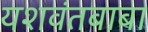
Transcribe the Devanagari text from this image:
यशवंतबाबा